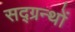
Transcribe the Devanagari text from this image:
सद्ग्रन्थों